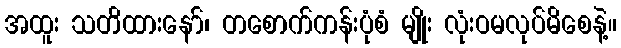
အထူး သတိထားနော်၊ တစောက်ကန်းပုံစံ မျိုး လုံးဝမလုပ်မိစေနဲ့။